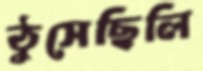
ঠুসেছিলি